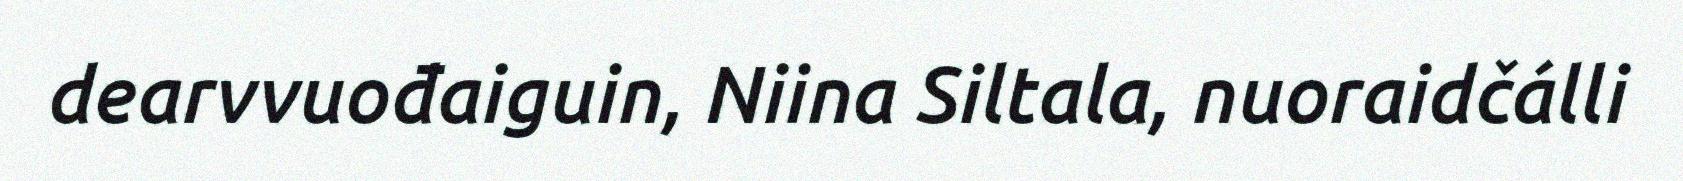
dearvvuođaiguin, Niina Siltala, nuoraidčálli